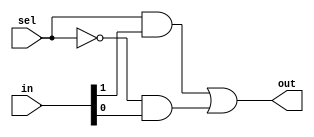
`timescale 1ns / 1ps
//////////////////////////////////////////////////////////////////////////////////
// Company: 
// Engineer: 
// 
// Design Name: 
// Module Name: Mux21
// Project Name: 
// Target Devices: 
// Tool Versions: 
// Description: 
// 
// Dependencies: 
// 
// Revision:
// Revision 0.01 - File Created
// Additional Comments:
// 
//////////////////////////////////////////////////////////////////////////////////

module Mux21 ( out , in , sel ) ;

input [ 1 : 0 ] in ;

input sel ;

output out ;

wire notS,passBS, passnotSA;

and andGate(passBS,sel,in[1]);

not notGate(notS,sel);

and andGate2(passnotSA,notS,in[0]);

or orGate(out, passBS,passnotSA);


endmodule